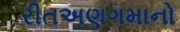
રીતઅણગમાનો